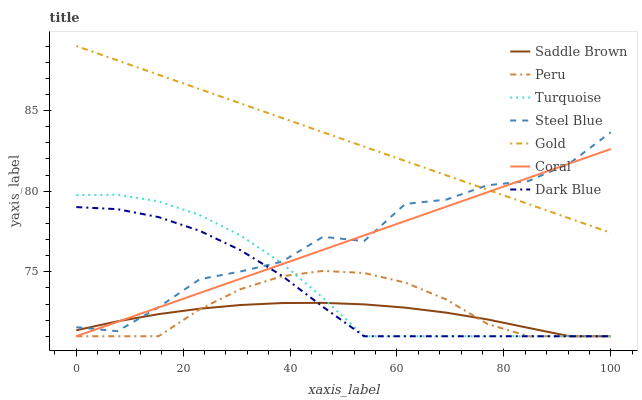
| xaxis_label | Saddle Brown | Peru | Turquoise | Steel Blue | Gold | Coral | Dark Blue |
 | --- | --- | --- | --- | --- | --- | --- | --- |
 | 0 | 71.4 | 71 | 79.8 | 71.6 | 89 | 71 | 79 |
 | 7.69 | 71.9 | 71 | 79.8 | 71.3 | 88.1 | 71.9 | 78.9 |
 | 15.4 | 72.4 | 71 | 79.4 | 72.8 | 87.2 | 72.8 | 78.4 |
 | 23.1 | 72.7 | 72.7 | 78.5 | 74.5 | 86.3 | 73.7 | 77.5 |
 | 30.8 | 72.9 | 73.9 | 77.2 | 75 | 85.4 | 74.6 | 76.3 |
 | 38.5 | 73.1 | 74.7 | 75.5 | 75.6 | 84.5 | 75.5 | 74.8 |
 | 46.2 | 73.1 | 75.1 | 73.4 | 77.2 | 83.7 | 76.4 | 72.8 |
 | 53.8 | 73 | 74.9 | 71 | 76.9 | 82.8 | 77.3 | 71 |
 | 61.5 | 72.8 | 74.3 | 71 | 79.2 | 81.9 | 78.1 | 71 |
 | 69.2 | 72.5 | 73.3 | 71 | 79.5 | 81 | 79 | 71 |
 | 76.9 | 72 | 71.8 | 71 | 80.4 | 80.1 | 79.9 | 71 |
 | 84.6 | 71.5 | 71 | 71 | 80.6 | 79.2 | 80.8 | 71 |
 | 92.3 | 71 | 71 | 71 | 81.7 | 78.3 | 81.7 | 71 |
 | 100 | 71 | 71 | 71 | 83.7 | 77.4 | 82.6 | 71 |